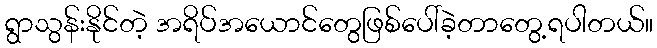
ရွာသွန်းနိုင်တဲ့ အရိပ်အယောင်တွေဖြစ်ပေါ်ခဲ့တာတွေ့ရပါတယ်။